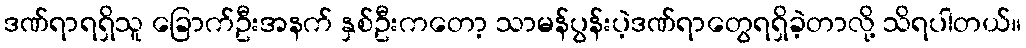
ဒဏ်ရာရရှိသူ ခြောက်ဦးအနက် နှစ်ဦးကတော့ သာမန်ပွန်းပဲ့ဒဏ်ရာတွေရရှိခဲ့တာလို့ သိရပါတယ်။